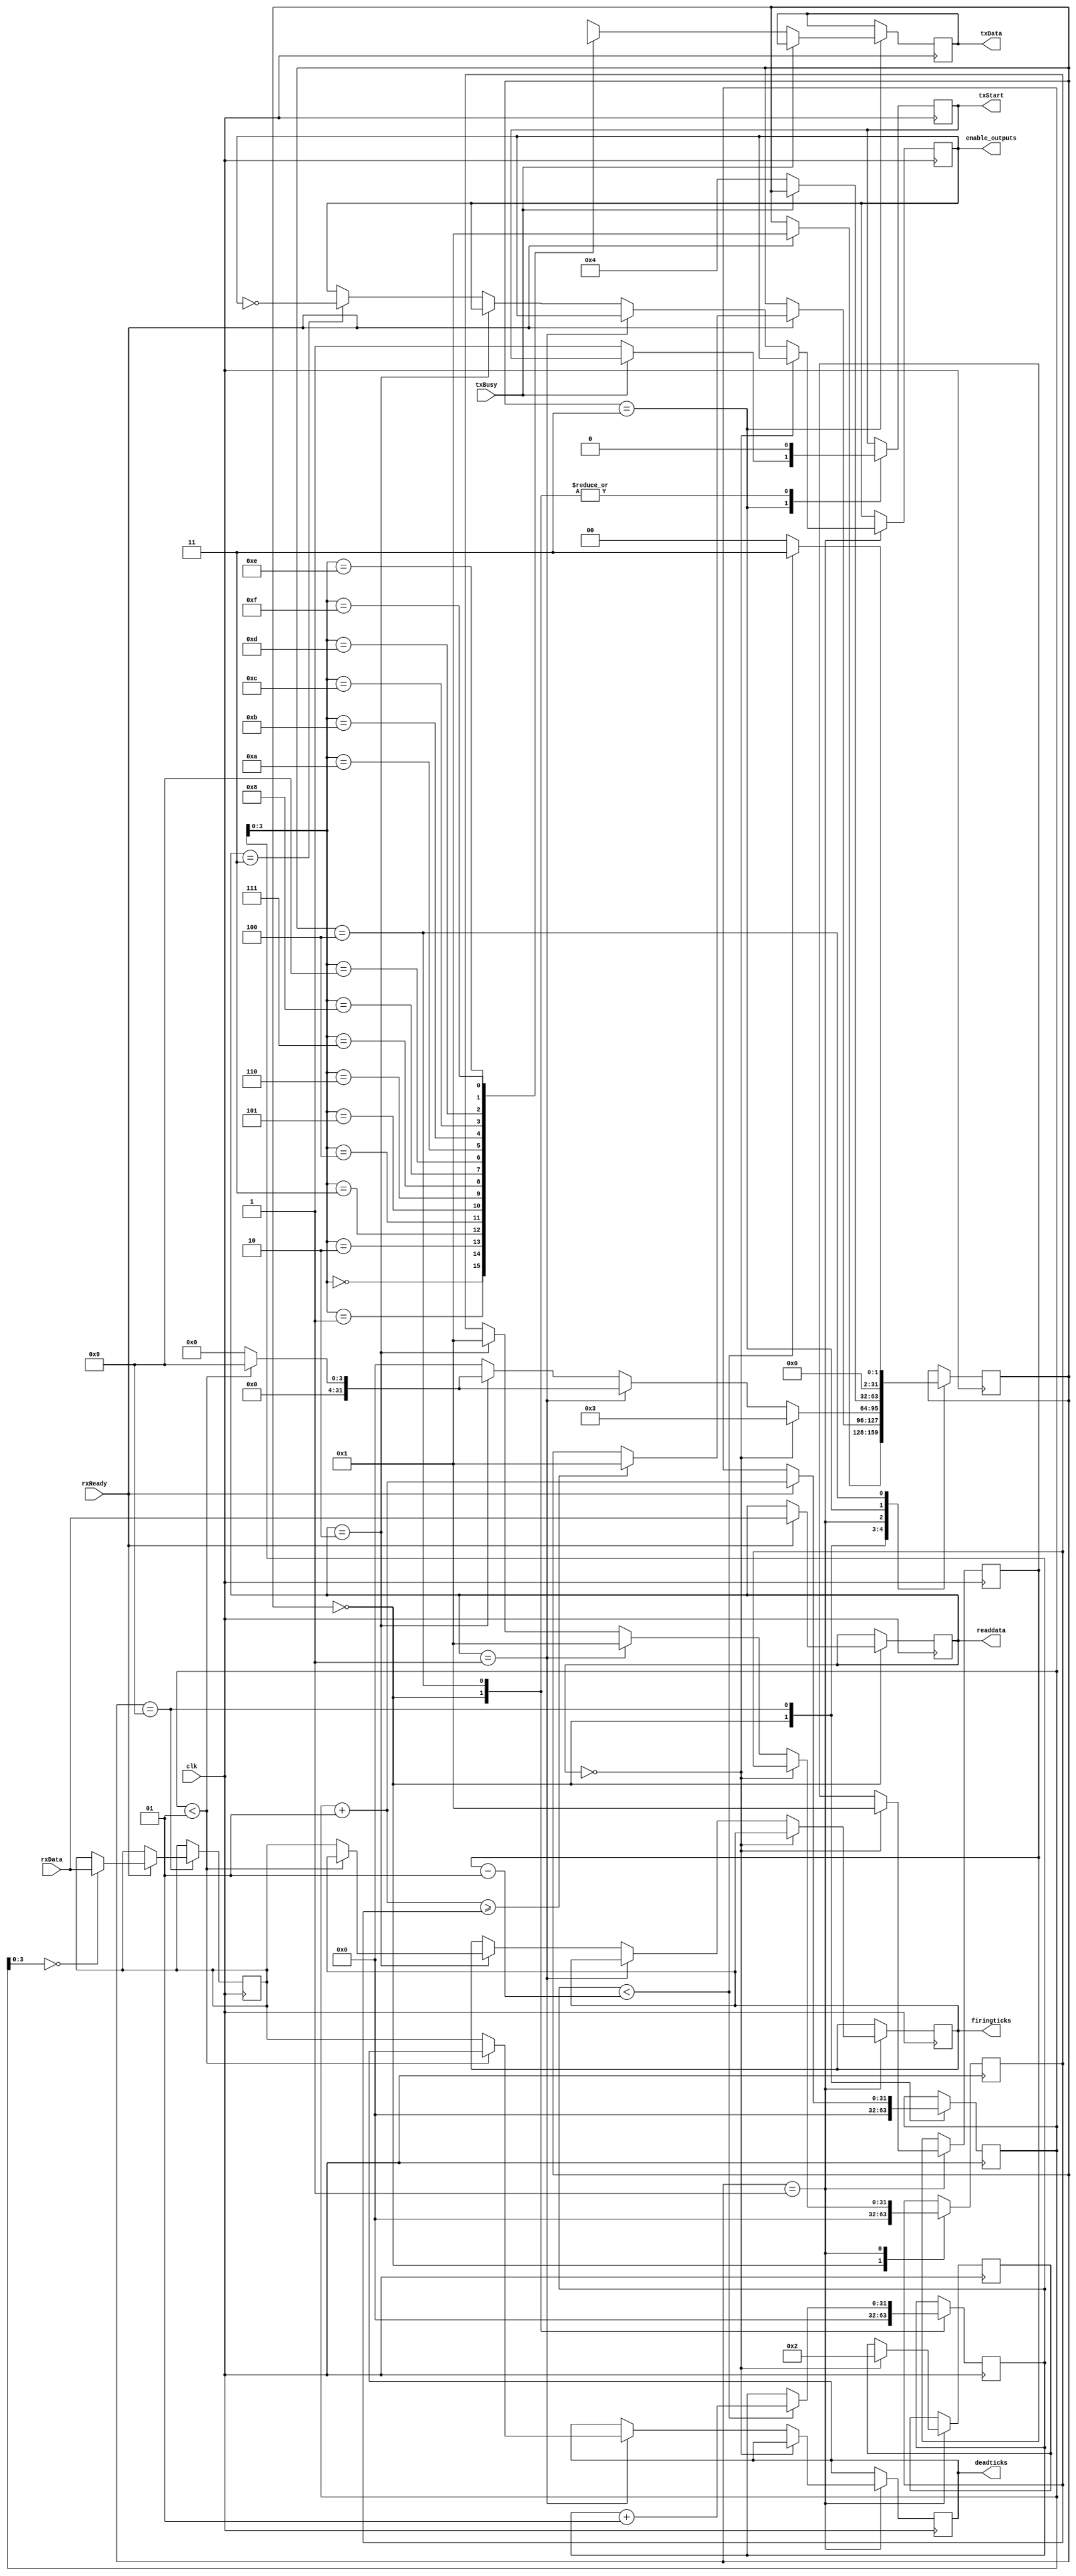
module processor(clk, rxReady, rxData, txBusy, txStart, txData, readdata,
	deadticks, firingticks, enable_outputs);
	
	input clk;
	input[7:0] rxData;
	input rxReady;
	input txBusy;
	output reg txStart;
	output reg[7:0] txData;
	output reg[7:0] readdata;//first byte we got
	output reg enable_outputs=0;//set low to enable outputs
	reg [7:0] extradata[10];//to store command extra data, like arguemnts (up to 10 bytes)
	localparam READ=0, SOLVING=1, WRITE1=3, WRITE2=4, READMORE=9;
	integer state=READ;
	integer bytesread, byteswanted;
	
	integer ioCount, ioCountToSend;
	reg[7:0] data[0:15];//for writing out data in WRITE1,2
	
	output reg[7:0] deadticks=10; // dead for 200 ns
	output reg[7:0] firingticks=9; // 50 ns wide pulse

	always @(posedge clk) begin
	case (state)
	READ: begin		  
		txStart<=0;
		bytesread<=0;
		byteswanted<=0;
      ioCount = 0;
      if (rxReady) begin
			readdata = rxData;
         state = SOLVING;
      end
	end
	READMORE: begin
		if (rxReady) begin
			extradata[bytesread] = rxData;
			bytesread = bytesread+1;
			if (bytesread>=byteswanted) state=SOLVING;
		end
	end
   SOLVING: begin
		if (readdata==0) begin // send the firmware version				
			ioCountToSend = 1;
			data[0]=2; // this is the firmware version
			state=WRITE1;				
		end
		else if (readdata==1) begin //wait for next byte: number of 20ns ticks to remain dead for after firing outputs
			byteswanted=1; if (bytesread<byteswanted) state=READMORE;
			else begin
				deadticks=extradata[0];
				state=READ;
			end
		end
		else if (readdata==2) begin //wait for next byte: number of 5ns ticks to fire outputs for
			byteswanted=1; if (bytesread<byteswanted) state=READMORE;
			else begin
				firingticks=extradata[0];
				state=READ;
			end
		end
		else if (readdata==3) begin //toggle output enable
			enable_outputs = ~enable_outputs;
			state=READ;
		end
		else state=READ; // if we got some other command, just ignore it
	end		
	
	//just writng out some data bytes over serial
	WRITE1: begin
		if (!txBusy) begin
			txData = data[ioCount];
         txStart = 1;
         state = WRITE2;
		end
	end
   WRITE2: begin
		txStart = 0;
      if (ioCount < ioCountToSend-1) begin
			ioCount = ioCount + 1;
         state = WRITE1;
      end
		else state = READ;
	end

	endcase
	end  
	
endmodule